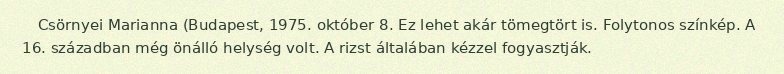
Csörnyei Marianna (Budapest, 1975. október 8. Ez lehet akár tömegtört is. Folytonos színkép. A 16. században még önálló helység volt. A rizst általában kézzel fogyasztják.